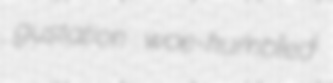
gustation woe-humbled